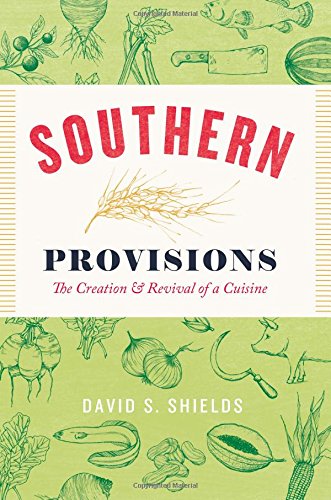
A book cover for Southern Provisions: The Creation and Revival of a Cuisine; David S. Shields; Cookbooks, Food & Wine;